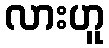
လားဟူ